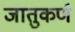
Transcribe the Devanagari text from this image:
जातुकर्ण